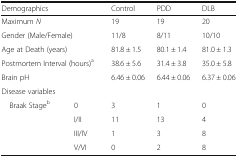
<table><thead><tr><td colspan="2"><b>Demographics</b></td><td><b>Control</b></td><td><b>PDD</b></td><td><b>DLB</b></td></tr></thead><tbody><tr><td colspan="2">Maximum <i>N</i></td><td>19</td><td>19</td><td>20</td></tr><tr><td colspan="2">Gender (Male/Female)</td><td>11/8</td><td>8/11</td><td>10/10</td></tr><tr><td colspan="2">Age at Death (years)</td><td>81.8 ± 1.5</td><td>80.1 ± 1.4</td><td>81.0 ± 1.3</td></tr><tr><td colspan="2">Postmortem Interval (hours)<sup>a</sup></td><td>38.6 ± 5.6</td><td>31.4 ± 3.8</td><td>35.0 ± 5.8</td></tr><tr><td colspan="2">Brain pH</td><td>6.46 ± 0.06</td><td>6.44 ± 0.06</td><td>6.37 ± 0.06</td></tr><tr><td colspan="5">Disease variables</td></tr><tr><td rowspan="4"> Braak Stage<sup>b</sup></td><td>0</td><td>3</td><td>1</td><td>0</td></tr><tr><td>I/II</td><td>11</td><td>13</td><td>4</td></tr><tr><td>III/IV</td><td>1</td><td>3</td><td>8</td></tr><tr><td>V/VI</td><td>0</td><td>2</td><td>8</td></tr></tbody></table>